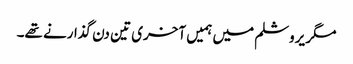
مگر یروشلم میں ہمیں آخری تین دن گذارنے تھے۔